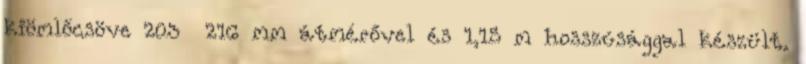
kiömlőcsöve 203 216 mm átmérővel és 1,15 m hosszúsággal készült.